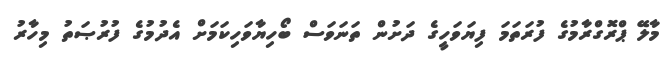
މާލޭ ޕްރޮގްރާމުގެ ފުރަތަމަ ފިޔަވަހީގެ ދަށުން ތަނަވަސް ބޯހިޔާވަހިކަމަށް އެދުމުގެ ފުރުޞަތު މިހާރު